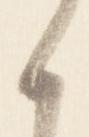
候